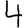
Digit: 4